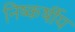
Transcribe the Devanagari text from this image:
निष्कर्षीय